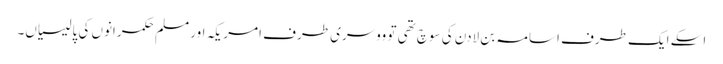
اسکے ایک طرف اسامہ بن لادن کی سوچ تھی تو ووسری طرف امریکہ اور مسلم حکمرانوں کی پالیسیاں۔